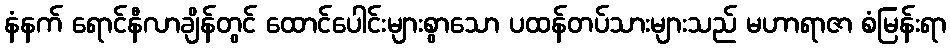
နံနက် ရောင်နီလာချိန်တွင် ထောင်ပေါင်းများစွာသော ပထန်တပ်သားများသည် မဟာရာဇာ စံမြန်းရာ